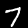
Label: 7